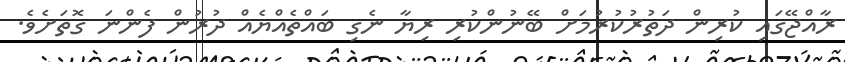
ރާއްޖޭގައި ކުރިން ދަތުރުކުރުމަށް ބޭނުންކުރި ރިޔާ ނެގި ބައްތެއްޔެއް ދުުރުން ފެންނަ ގޮތަށެވެ.